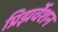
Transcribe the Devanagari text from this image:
प्रिझर्वेशन